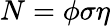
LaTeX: N=\phi\sigma\eta